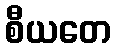
စီယတေ